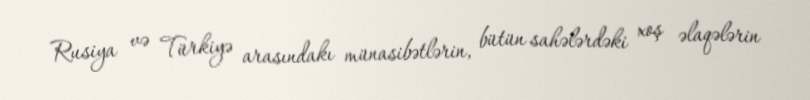
Rusiya və Türkiyə arasındakı münasibətlərin, bütün sahələrdəki xoş əlaqələrin